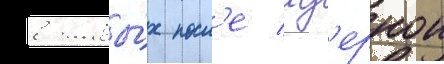
в живы́х посл'е яд'ернои